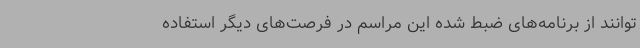
‌توانند از برنامه‌های ضبط‌ شده این مراسم در فرصت‌های دیگر استفاده